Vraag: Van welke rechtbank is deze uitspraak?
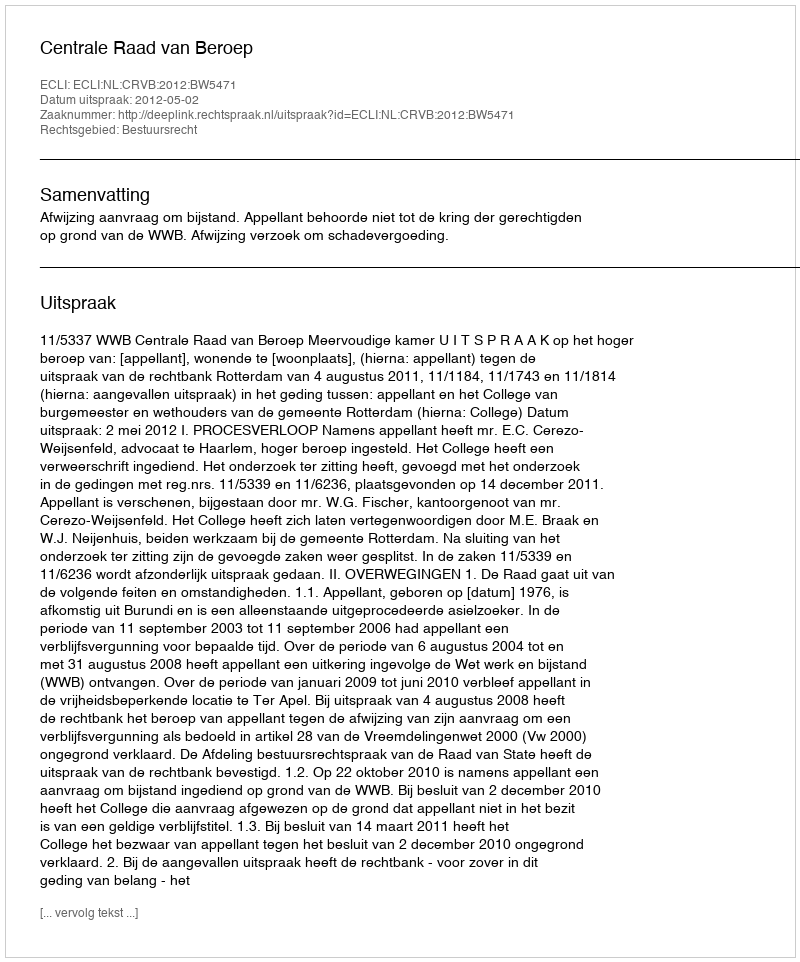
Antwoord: Centrale Raad van Beroep